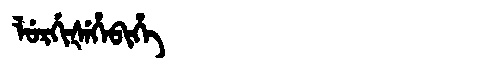
Manchu: ᠯᡠᡵᡤᡳᡧᡝᡥᡝᠪᡳᡥᡝ
Romanization: LURGIŠEHEBIHE